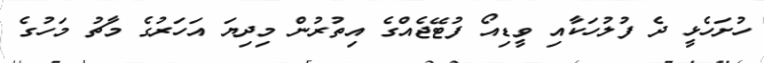
ހުށަހެޅީ ދެ ފުލުހަކާއި ވީޑިއޯ ފުޓޭޖެއްގެ އިތުރުން މިދިޔަ އަހަރުގެ މާޗު މަހުގެ